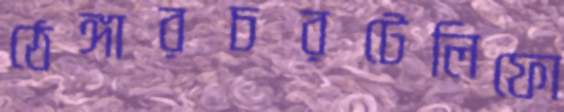
ঠেঙ্গারচরটেলিফো